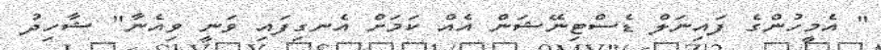
" އެމީހުންގެ ފައިނަލް ޑެސްޓިނޭޝަން އެއް ކަމަށް އެނގިފައި ވަނީ ވިއެނާ" ޝާހިދު